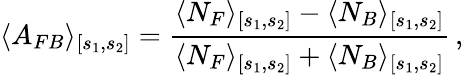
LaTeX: \langle A_{FB}\rangle_{[s_{1},s_{2}]}=\frac{\langle N_{F}\rangle_{[s_{1},s_{2}]}-\langle N_{B}\rangle_{[s_{1},s_{2}]}}{\langle N_{F}\rangle_{[s_{1},s_{2}]}+\langle N_{B}\rangle_{[s_{1},s_{2}]}}\, ,